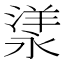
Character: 𣼁